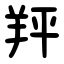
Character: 䍬